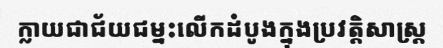
ក្លាយជាជ័យជម្នះលើកដំបូងក្នុងប្រវត្តិសាស្ត្រ